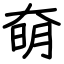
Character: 奛